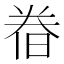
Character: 𣇃